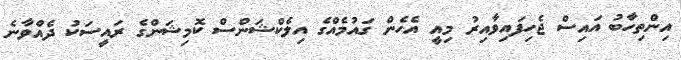
އިންތިހާބު އައިސް ޖެހިފައިވާއިރު މިއީ އެހެން ގައުމެއްގެ އިލެކްޝަންސް ކޮމިޝަންގެ ރައީސަކު ދެއްވާނެ